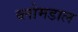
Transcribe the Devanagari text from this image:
ब्लोमडाल